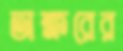
অক্ষরের